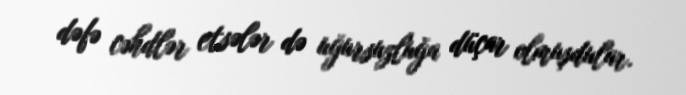
dəfə cəhdlər etsələr də uğursuzluğa düçar olmuşdular.